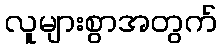
လူများစွာအတွက်